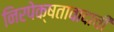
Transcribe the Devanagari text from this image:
निरपेक्षतावादाची